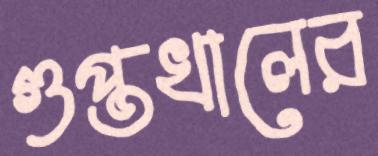
গুপ্তখালের